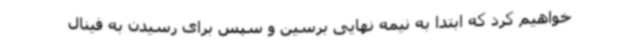
خواهیم کرد که ابتدا به نیمه نهایی برسین و سپس برای رسیدن به فینال